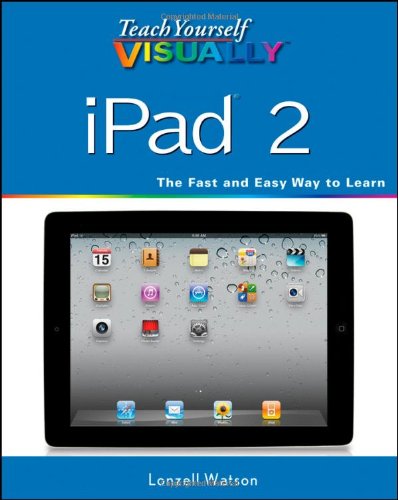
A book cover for Teach Yourself VISUALLY iPad 2; Lonzell Watson; Computers & Technology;